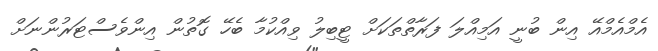
އެމްއެމްއޭ އިން ބުނީ އަމިއްލަ ފަރާތްތަކަށް ޓީބިލު ވިއްކުމާ ބެހޭ ގޮތުން އިންވެސްޓަރުންނަށް